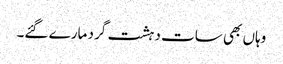
وہاں بھی سات دہشت گرد مارے گئے۔